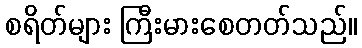
စရိတ်များ ကြီးမားစေတတ်သည်။